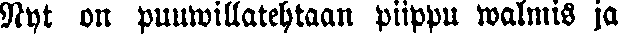
Nyt on puuwillatehtaan piippu walmis ja